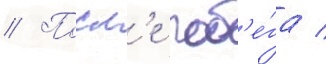
// Посл'е поб'е́га /